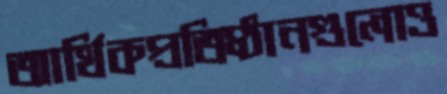
আর্থিকপ্রতিষ্ঠানগুলোও